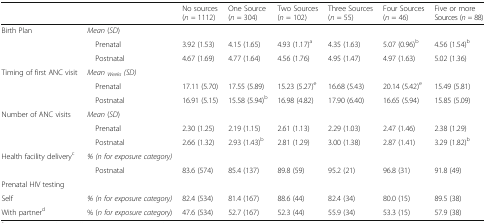
<table><thead><tr><td colspan="2"></td><td><b>No sources (<i>n =</i> 1112)</b></td><td><b>One Source (<i>n</i> = 304)</b></td><td><b>Two Sources (<i>n</i> = 102)</b></td><td><b>Three Sources (<i>n</i> = 55)</b></td><td><b>Four Sources (<i>n</i> = 46)</b></td><td><b>Five or more Sources (<i>n =</i> 88)</b></td></tr></thead><tbody><tr><td rowspan="3">Birth Plan</td><td><i>Mean</i> (<i>SD</i>)</td><td colspan="6"></td></tr><tr><td> Prenatal</td><td>3.92 (1.53)</td><td>4.15 (1.65)</td><td>4.93 (1.17)<sup>a</sup></td><td>4.35 (1.63)</td><td>5.07 (0.96)<sup>b</sup></td><td>4.56 (1.54)<sup>b</sup></td></tr><tr><td> Postnatal</td><td>4.67 (1.69)</td><td>4.77 (1.64)</td><td>4.56 (1.76)</td><td>4.95 (1.47)</td><td>4.97 (1.63)</td><td>5.02 (1.36)</td></tr><tr><td rowspan="3">Timing of first ANC visit</td><td><i>Mean</i><sub><i>Weeks</i></sub><i>(SD)</i></td><td></td><td></td><td></td><td></td><td></td><td></td></tr><tr><td> Prenatal</td><td>17.11 (5.70)</td><td>17.55 (5.89)</td><td>15.23 (5.27)<sup>e</sup></td><td>16.68 (5.43)</td><td>20.14 (5.42)<sup>e</sup></td><td>15.49 (5.81)</td></tr><tr><td> Postnatal</td><td>16.91 (5.15)</td><td>15.58 (5.94)<sup>b</sup></td><td>16.98 (4.82)</td><td>17.90 (6.40)</td><td>16.65 (5.94)</td><td>15.85 (5.09)</td></tr><tr><td rowspan="3">Number of ANC visits</td><td><i>Mean</i> (<i>SD</i>)</td><td></td><td></td><td></td><td></td><td></td><td></td></tr><tr><td> Prenatal</td><td>2.30 (1.25)</td><td>2.19 (1.15)</td><td>2.61 (1.13)</td><td>2.29 (1.03)</td><td>2.47 (1.46)</td><td>2.38 (1.29)</td></tr><tr><td> Postnatal</td><td>2.66 (1.32)</td><td>2.93 (1.43)<sup>b</sup></td><td>2.81 (1.29)</td><td>3.00 (1.38)</td><td>2.87 (1.41)</td><td>3.29 (1.82)<sup>b</sup></td></tr><tr><td>Health facility delivery<sup>c</sup></td><td><i>% (n for exposure category)</i></td><td></td><td></td><td></td><td></td><td></td><td></td></tr><tr><td></td><td> Postnatal</td><td>83.6 (574)</td><td>85.4 (137)</td><td>89.8 (59)</td><td>95.2 (21)</td><td>96.8 (31)</td><td>91.8 (49)</td></tr><tr><td colspan="8">Prenatal HIV testing</td></tr><tr><td>Self</td><td><i>% (n for exposure category)</i></td><td>82.4 (534)</td><td>81.4 (167)</td><td>88.6 (44)</td><td>82.4 (34)</td><td>80.0 (15)</td><td>89.5 (38)</td></tr><tr><td>With partner<sup>d</sup></td><td>% (<i>n for exposure category</i>)</td><td>47.6 (534)</td><td>52.7 (167)</td><td>52.3 (44)</td><td>55.9 (34)</td><td>53.3 (15)</td><td>57.9 (38)</td></tr></tbody></table>